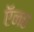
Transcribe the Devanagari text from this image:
ऍन८